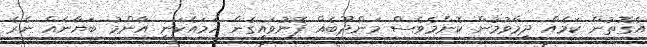
އެގޮތުން ކަމެއް ދިމާވުމުން ކޮންމެވެސް މަންދޫބެއް ފޮނުވައިގެން ހަމައެކަނި އާންމު ބަޔާނެއް ނެރެ